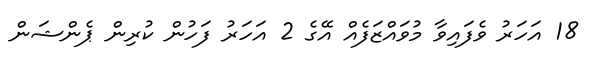
18 އަހަރު ވެފައިވާ މުވައްޒަފެއް އޭގެ 2 އަހަރު ފަހުން ކުރިން ޕެންޝަން